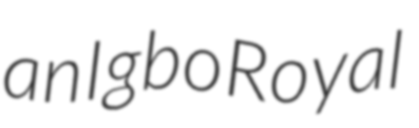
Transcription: an Igbo Royal